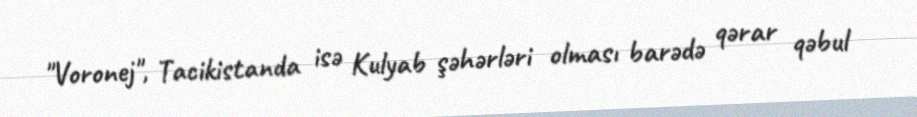
"Voronej", Tacikistanda isə Kulyab şəhərləri olması barədə qərar qəbul